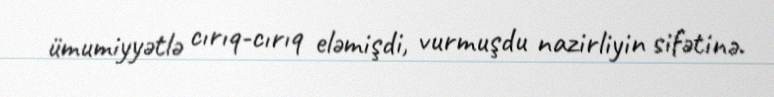
ümumiyyətlə cırıq-cırıq eləmişdi, vurmuşdu nazirliyin sifətinə.